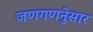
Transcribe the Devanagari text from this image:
जणगणनेुसार